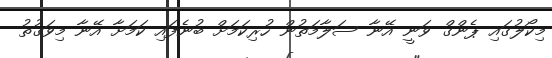
މިކޯލުގައި ޕެންގް ވަނީ އޭނާ ސަލާމަތުން ހުރިކަމަށް ބުނެފައި ކަމަށާ އޭނާ މިވަގުތު